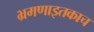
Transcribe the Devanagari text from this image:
भ्रमणाइतकाच